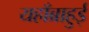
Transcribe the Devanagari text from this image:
यहाँब्राहुई